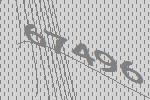
67496